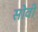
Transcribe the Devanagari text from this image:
सोवी